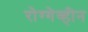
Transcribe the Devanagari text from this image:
रोग्गेव्हीन